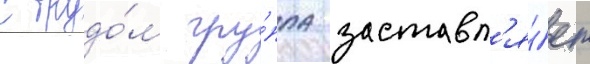
С трудо́м гру́ппа заставл'я́ет